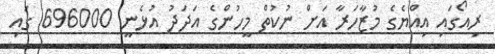
ރިއޯގައި އިއްޔެގެ މުޒާހަރާ އަށް ނުކުތް މީހުންގެ އަދަދު އުޅެނީ 696000 ގައި